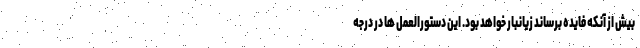
بیش از آنکه فایده برساند زیانبار خواهد بود. این دستورالعمل ها در درجه